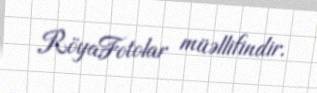
RöyaFotolar müəllifindir.